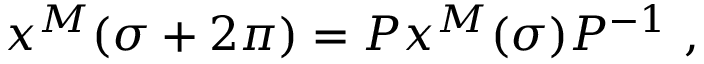
x ^ { M } ( \sigma + 2 \pi ) = P x ^ { M } ( \sigma ) P ^ { - 1 } ~ ,